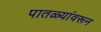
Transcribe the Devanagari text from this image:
पातळ्यांवरून